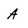
Character: A